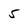
Character: 5